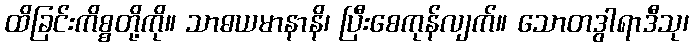
ထိခြင်းကိစ္စတို့ကို။ သာဓယမာနာနိ၊ ပြီးစေကုန်လျက်။ သောတဒွါရာဒီသု၊